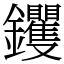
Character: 钁